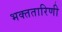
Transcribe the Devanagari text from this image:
भक्ततारिणी